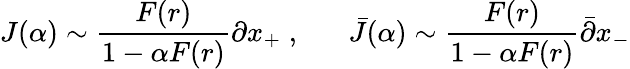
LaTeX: J(\alpha)\sim\frac{F(r)}{1-\alpha F(r)}\partial x_{+}\; ,\; \; \; \; \; \; \bar{J}(\alpha)\sim\frac{F(r)}{1-\alpha F(r)}\bar{\partial}x_{-}